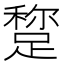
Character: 𨃾